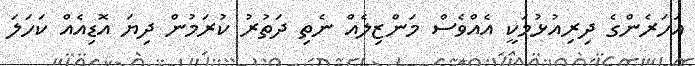
އަހަރެންގެ ދިރިއުޅުމަކީ އެއްވެސް މަންޒިލެއް ނެތި ދަތުރު ކުރަމުން ދިޔަ އޮޑިއެއް ކަހަލަ